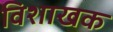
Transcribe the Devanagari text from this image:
विशाखक